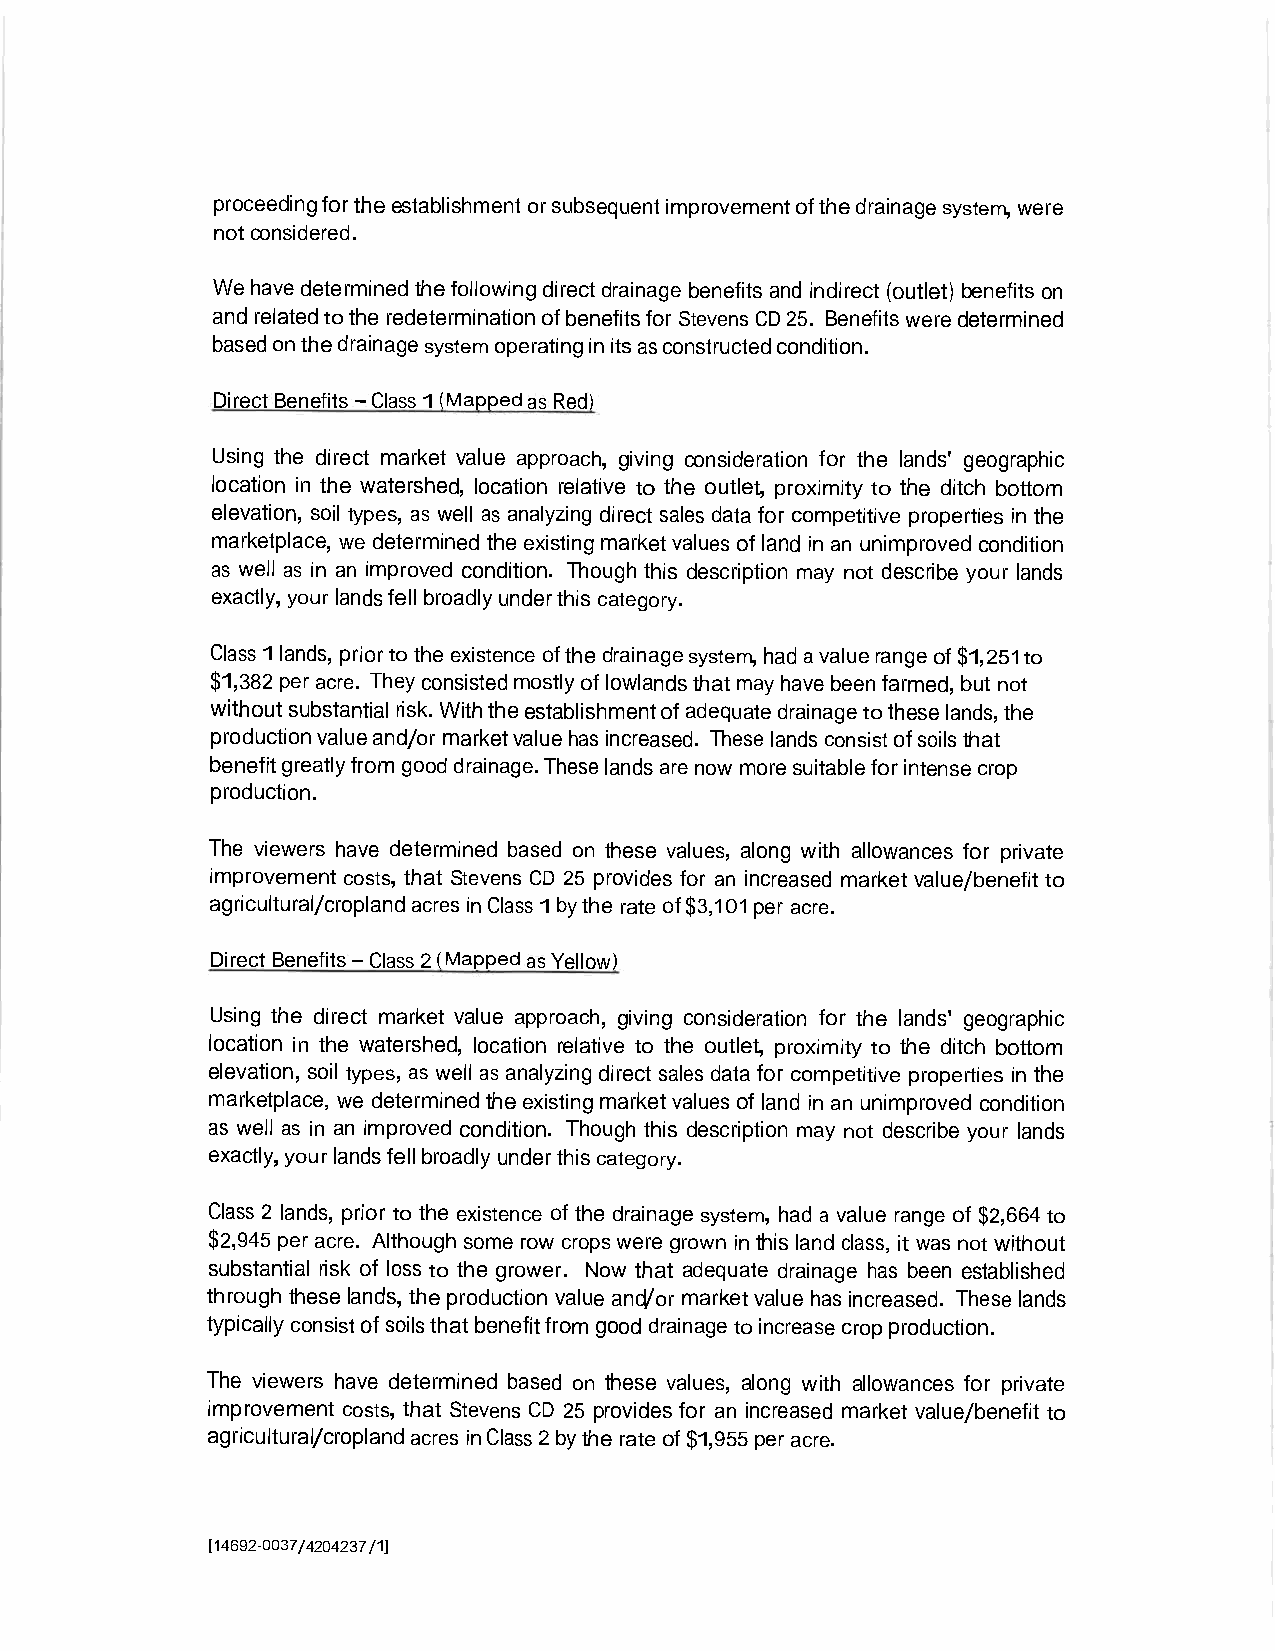
proceedingfortheestablishmentorsubsequentimprovementofthedrainagesystem,were
 notconsidered.
 Wehavedeterminedthefollowingdirectdrainagebenefits andindirect (outlet) benefitson
 andrelatedtotheredeterminationofbenefitsfor StevensCD25. Benefitsweredetermined
 basedonthedrainagesystemoperatinginitsasconstructedcondition.
 DirectBenefits-Class1(MappedasRed)
 Using the direct market value approach, giving consideration for the lands' geographic
 location in the watershed, location relative to the outlet,proximity to the ditch bottom
 elevation,soil types,as well as analyzingdirect sales data forcompetitive propertiesinthe
 marketplace,we determinedtheexistingmarketvaluesoflandinan unimprovedcondition
 as well as in an improved condition. Though this description may not describe your lands
 exactly,yourlandsfellbroadlyunderthiscategory.
 Class1lands,priortotheexistenceofthedrainagesystem,hadavaluerangeof$1,251to
 $1,382per acre. Theyconsistedmostlyoflowlandsthatmayhavebeenfarmed,butnot
 withoutsubstantialrisk.Withtheestablishmentofadequatedrainagetotheselands,the
 productionvalueand/ormarketvaluehasincreased. These landsconsistofsoilsthat
 benefitgreatlyfromgooddrainage.Theselandsarenowmoresuitableforintensecrop
 production.
 The viewers have determined based on these values, along with allowances for private
 improvement costs,that Stevens CD 25 provides for an increased market value/benefit to
 agricultural/croplandacresinClass1bytherateof$3,101per acre.
 Direct Benefits-Class2(MappedasYellow)
 Using the direct market value approach, giving consideration for the lands' geographic
 location in the watershed, location relative to the outlet, proximity to the ditch bottom
 elevation,soil types,as well as analyzingdirect sales data for competitive propertiesin the
 marketplace,we determinedtheexistingmarket valuesof landinanunimprovedcondition
 as well as in an improved condition. Though this description may not describe your lands
 exactly,yourlandsfellbroadlyunderthiscategory.
 Class 2 lands,prior tothe existence of the drainagesystem,had a value range of $2,664to
 $2,945 per acre. Althoughsomerowcropsweregrowninthislandclass,it wasnot without
 substantial risk of loss to the grower. Now that adequate drainage has been established
 throughtheselands,theproductionvalue and/or market value hasincreased. Theselands
 typicallyconsistofsoilsthatbenefitfromgooddrainagetoincreasecropproduction.
 The viewers have determined based on these values, along with allowances for private
 improvement costs,that StevensCD 25 provides for an increased market value/benefit to
 agricultural/croplandacresinClass2bytherateof$1,955peracre.
 [14692-0037/4204237/1]